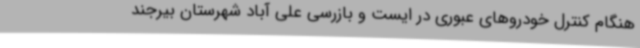
هنگام کنترل خودروهای عبوری در ایست و بازرسی علی آباد شهرستان بیرجند